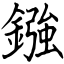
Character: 鏹